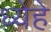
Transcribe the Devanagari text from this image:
ध्येहे